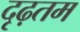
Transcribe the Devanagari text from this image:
दृढ़तम